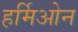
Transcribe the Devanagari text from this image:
हर्मिओन